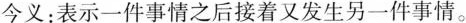
今义：表示一件事情之后接着又发生另一件事情。